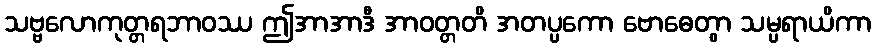
သဗ္ဗလောကုတ္တရဘာဝဿ ဤအာအာဒီ အာဝတ္တတိ အတပ္ပကော ဗောဓေတွာ သမ္ပရာယိကာ